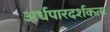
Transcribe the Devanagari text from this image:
अर्धपारदर्शकता